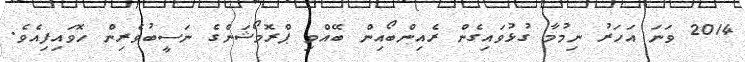
2014 ވަނަ އަހަރު ނިމުމާ ގުޅުވައިގެން ރެއިންބޯއިން ބޭއްވި ޕްރޮމޯޝަންގެ ނަސީބުވެރިން ހޮވައިފިއެވެ.